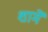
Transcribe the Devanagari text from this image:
शामें